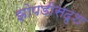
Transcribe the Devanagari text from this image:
झोपडीसदृश